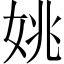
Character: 姚